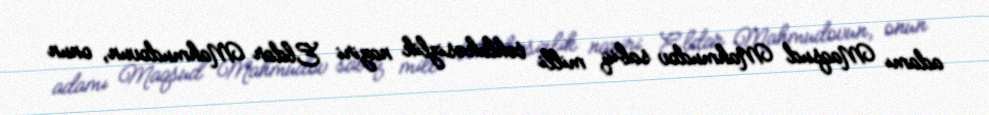
adamı Maqsud Mahmudov sabiq milli təhlükəsizlik naziri Eldar Mahmudovun, onun